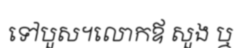
ទៅបួស។លោកឪ សួង ឬ